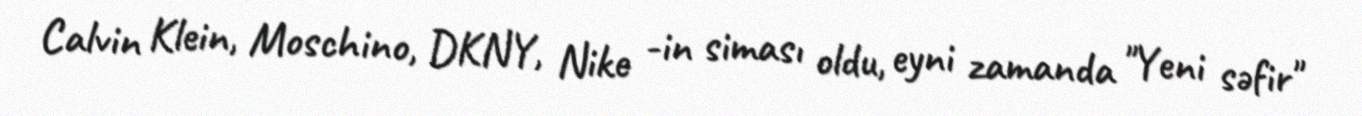
Calvin Klein, Moschino, DKNY, Nike -in siması oldu, eyni zamanda "Yeni səfir"